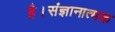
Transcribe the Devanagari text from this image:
है।संज्ञानात्मक